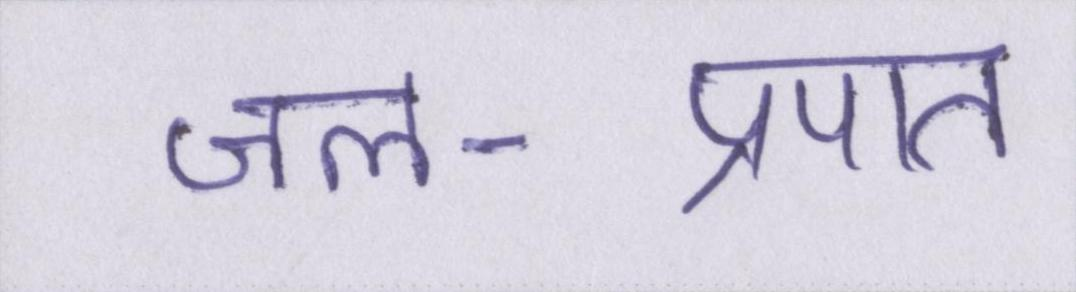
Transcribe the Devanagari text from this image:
जल-प्रपात